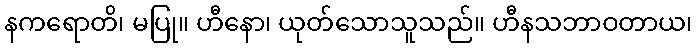
နကရောတိ၊ မပြု။ ဟီနော၊ ယုတ်သောသူသည်။ ဟီနသဘာဝတာယ၊